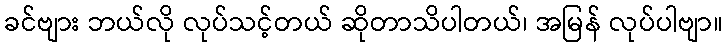
ခင်ဗျား ဘယ်လို လုပ်သင့်တယ် ဆိုတာသိပါတယ်၊ အမြန် လုပ်ပါဗျာ။